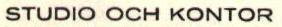
STUDIO OCH KONTOR